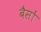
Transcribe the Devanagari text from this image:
बैसों